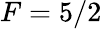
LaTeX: F=5/2